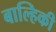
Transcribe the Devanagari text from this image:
बाल्हिकी